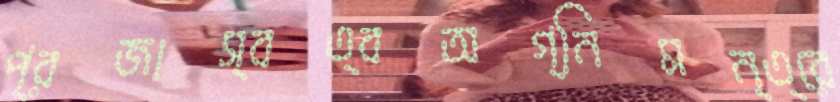
প্রজাস্বত্বঅগ্নিমন্ত্রে